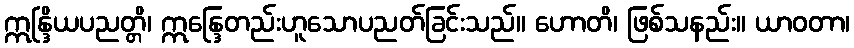
ဣန္ဒြိယပညတ္တိ၊ ဣန္ဒြေတည်းဟူသောပညတ်ခြင်းသည်။ ဟောတိ၊ ဖြစ်သနည်း။ ယာဝတာ၊